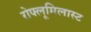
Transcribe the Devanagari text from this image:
रोफ्लूमिलास्ट